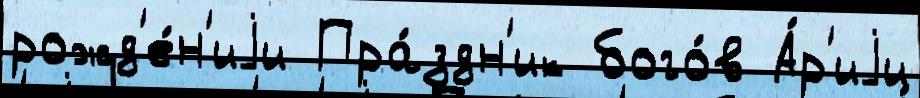
рожд'е́н'иjи Пра́здн'ик бого́в А́р'иjи